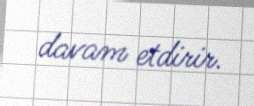
davam etdirir.